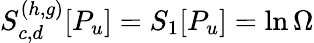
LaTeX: S_{c,d}^{(h,g)}[P_{u}]=S_{1}[P_{u}]=\ln\Omega